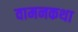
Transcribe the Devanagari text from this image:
वामनकथा